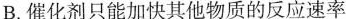
B.催化剂只能加快其他物质的反应速率